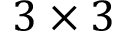
3 \times 3